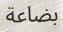
بضاعة